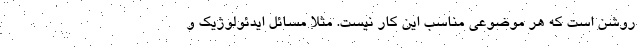
روشن است که هر موضوعی مناسب این کار نیست. مثلاً مسائل ایدئولوژیک و